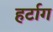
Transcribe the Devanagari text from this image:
हर्टाग